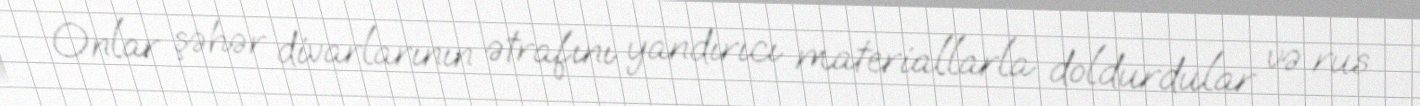
Onlar şəhər divarlarının ətrafını yandırıcı materiallarla doldurdular və rus